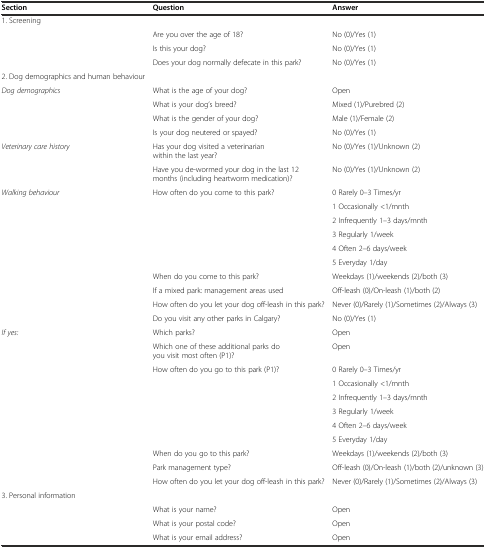
| Section | Question | Answer |
 | --- | --- | --- |
 | 1. Screening |  |  |
 |  | Are you over the age of 18? | No (0)/Yes (1) |
 |  | Is this your dog? | No (0)/Yes (1) |
 |  | Does your dog normally defecate in this park? | No (0)/Yes (1) |
 | 2. Dog demographics and human behaviour |  |  |
 | Dog demographics | What is the age of your dog? | Open |
 |  | What is your dog’s breed? | Mixed (1)/Purebred (2) |
 |  | What is the gender of your dog? | Male (1)/Female (2) |
 |  | Is your dog neutered or spayed? | No (0)/Yes (1) |
 | Veterinary care history | Has your dog visited a veterinarian within the last year? | No (0)/Yes (1)/Unknown (2) |
 |  | Have you de-wormed your dog in the last 12 months (including heartworm medication)? | No (0)/Yes (1)/Unknown (2) |
 | <ROWSPAN=6> Walking behaviour | <ROWSPAN=6> How often do you come to this park? | 0 Rarely 0–3 Times/yr |
 | 1 Occasionally <1/mnth |
 | 2 Infrequently 1–3 days/mnth |
 | 3 Regularly 1/week |
 | 4 Often 2–6 days/week |
 | 5 Everyday 1/day |
 |  | When do you come to this park? | Weekdays (1)/weekends (2)/both (3) |
 |  | If a mixed park: management areas used | Off-leash (0)/On-leash (1)/both (2) |
 |  | How often do you let your dog off-leash in this park? | Never (0)/Rarely (1)/Sometimes (2)/Always (3) |
 |  | Do you visit any other parks in Calgary? | No (0)/Yes (1) |
 | If yes: | Which parks? | Open |
 |  | Which one of these additional parks do you visit most often (P1)? | Open |
 | <ROWSPAN=6>  | <ROWSPAN=6> How often do you go to this park (P1)? | 0 Rarely 0–3 Times/yr |
 | 1 Occasionally <1/mnth |
 | 2 Infrequently 1–3 days/mnth |
 | 3 Regularly 1/week |
 | 4 Often 2–6 days/week |
 | 5 Everyday 1/day |
 |  | When do you go to this park? | Weekdays (1)/weekends (2)/both (3) |
 |  | Park management type? | Off-leash (0)/On-leash (1)/both (2)/unknown (3) |
 |  | How often do you let your dog off-leash in this park? | Never (0)/Rarely (1)/Sometimes (2)/Always (3) |
 | 3. Personal information |  |  |
 |  | What is your name? | Open |
 |  | What is your postal code? | Open |
 |  | What is your email address? | Open |